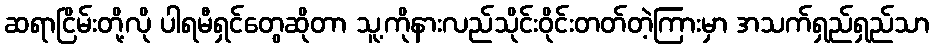
ဆရာငြိမ်းတို့လို ပါရမီရှင်တွေဆိုတာ သူ့ကိုနားလည်သိုင်းဝိုင်းတတ်တဲ့ကြားမှာ အသက်ရှည်ရှည်သာ